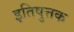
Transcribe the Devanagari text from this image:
इतिषुत्तक